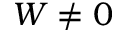
W \ne 0